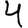
Digit: 4